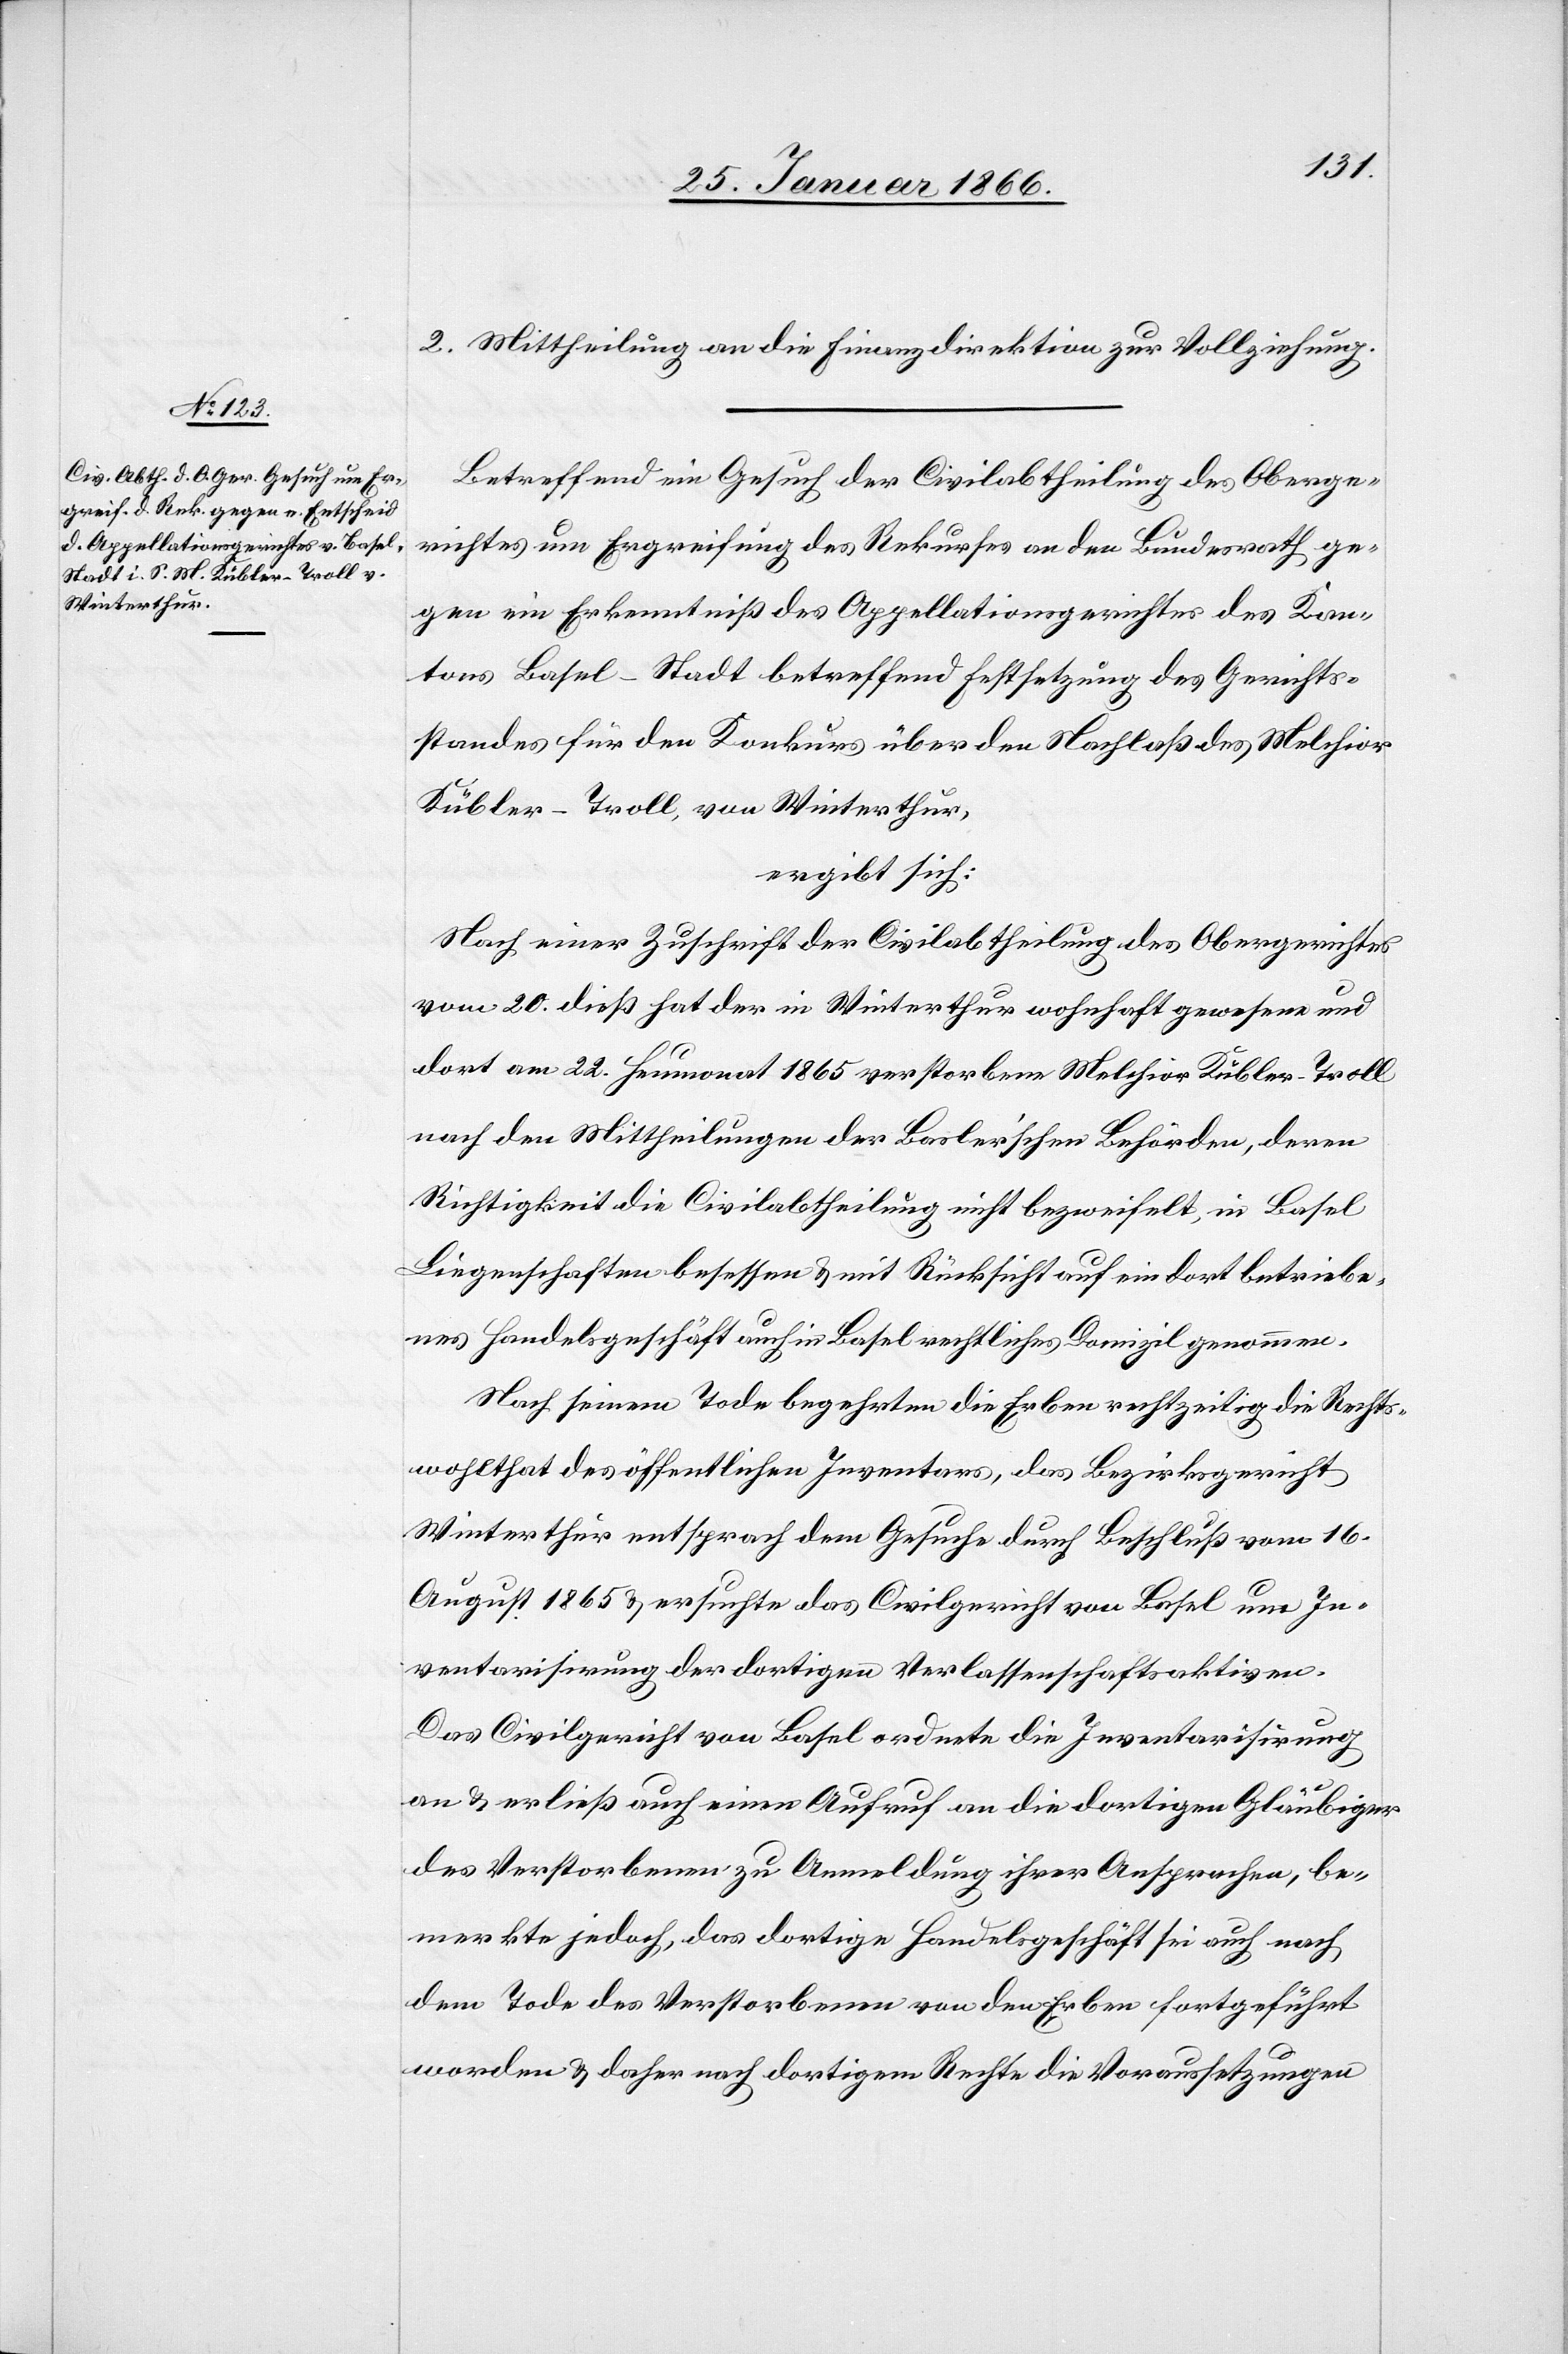
2. Mittheilung an die Finanzdirektion zur Vollziehung.
Betreffend ein Gesuch der Civilabtheilung des Oberge¬
richtes um Ergreifung des Rekurses an den Bundesrath ge¬
gen ein Erkenntniß des Appellationsgerichtes des Kan¬
tons Basel-Stadt betreffend Festsetzung des Gerichts¬
standes für den Konkurs über den Nachlaß des Melchior
Kübler-Troll, von Winterthur,
ergibt sich:
Nach einer Zuschrift der Civilabtheilung des Obergerichtes
vom 20. dieß hat der in Winterthur wohnhaft gewesene und
dort am 22. Heumonat 1865 verstorbene Melchior Kübler-Troll
nach den Mittheilungen der Basler’schen Behörden, deren
Richtigkeit die Civilabtheilung nicht bezweifelt, in Basel
Liegenschaften besessen u. mit Rücksicht auf ein dort betriebe¬
nes Handelsgeschäft auch in Basel rechtliches Domizil genommen.
Nach seinem Tode begehrten die Erben rechtzeitig die Rechts¬
wohlthat des öffentlichen Inventars, das Bezirksgericht
Winterthur entsprach dem Gesuche durch Beschluß vom 16.
August 1865 u. ersuchte das Civilgericht von Basel um In¬
ventarisirung der dortigen Verlassenschaftsaktiven.
Das Civilgericht von Basel ordnete die Invenarisirung
an u. erließ auch einen Aufruf an die dortigen Gläubiger
des Verstorbenen zu Anmeldung ihrer Ansprachen, be¬
merkte jedoch, das dortige Handelsgeschäft sei auch nach
dem Tode des Verstorbenen von den Erben fortgeführt
worden u. daher nach dortigem Rechte die Voraussetzungen